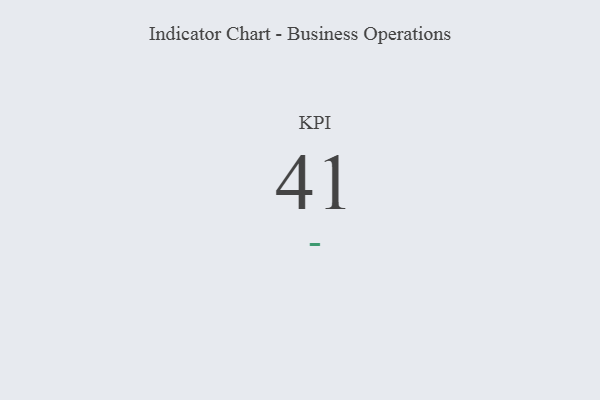
{"axis": {"x": "KPI", "y": "Value"}, "legend": [""], "data": [{"x": "KPI", "y": 41, "type": ""}]}